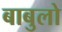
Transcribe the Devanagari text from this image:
बाबुलो